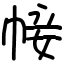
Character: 帹